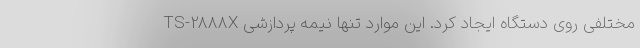
مختلفی روی دستگاه ایجاد کرد. این موارد تنها نیمه پردازشی TS-2888X